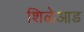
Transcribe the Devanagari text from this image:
शिळेआड